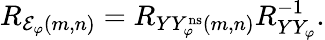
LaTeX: \begin{array}{r}{R_{{\mathcal E}_{\varphi}(m,n)}=R_{YY_{\varphi}^{\mathrm{ns}}(m,n)}R_{YY_{\varphi}}^{-1}.}\end{array}